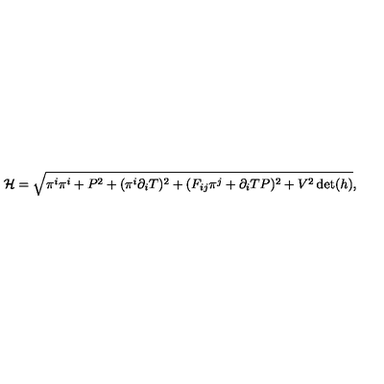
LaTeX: { \cal H } = \sqrt { \pi ^ { i } \pi ^ { i } + P ^ { 2 } + ( \pi ^ { i } \partial _ { i } T ) ^ { 2 } + ( F _ { i j } \pi ^ { j } + \partial _ { i } T P ) ^ { 2 } + V ^ { 2 } \det ( h ) } ,